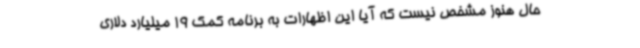
حال هنوز مشخص نیست که آیا این اظهارات به برنامه کمک 19 میلیارد دلاری